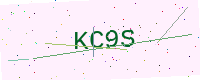
Text: KC9S